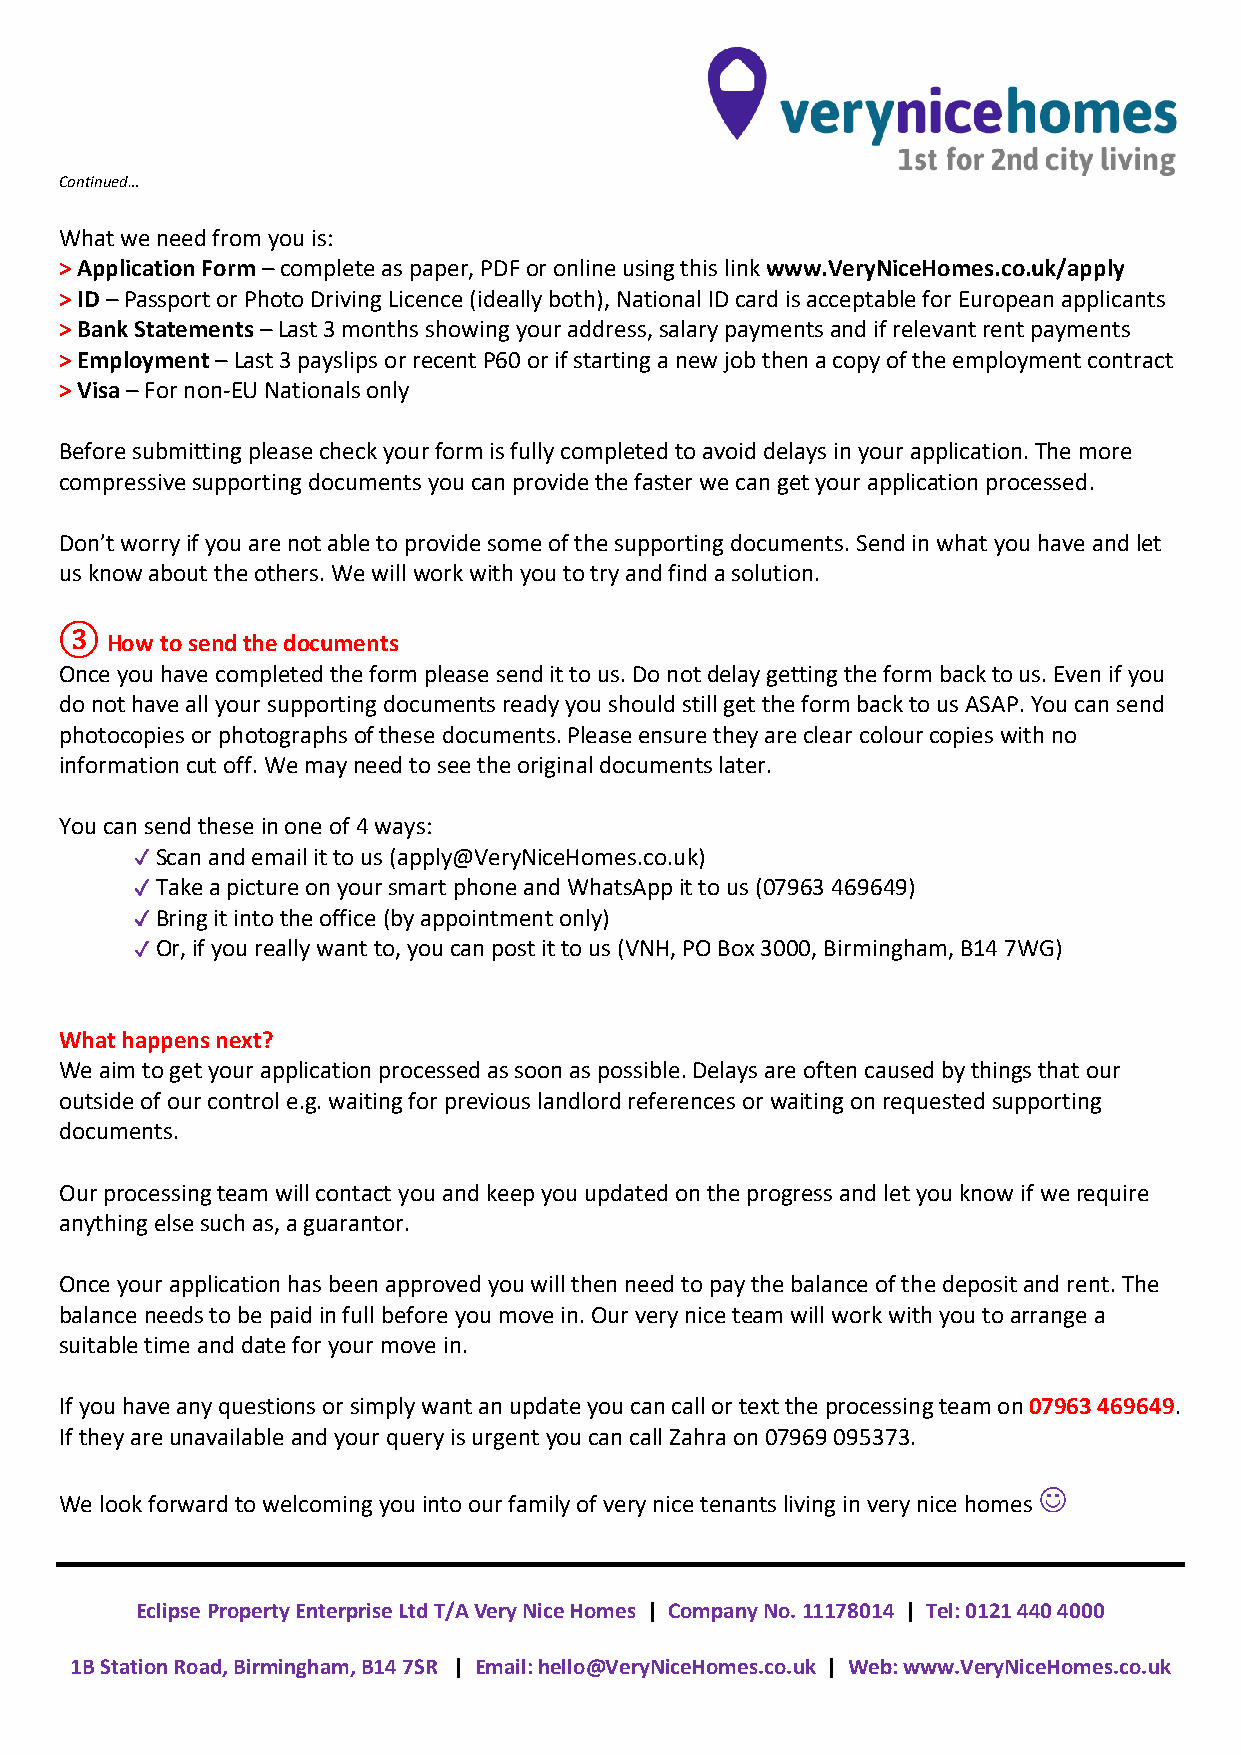
Continued…
 What we need from you is:
 > Application Form – complete as paper, PDF or online using this link www.VeryNiceHomes.co.uk/apply
 > ID – Passport or Photo Driving Licence (ideally both), National ID card is acceptable for European applicants
 > Bank Statements – Last 3 months showing your address, salary payments and if relevant rent payments
 > Employment – Last 3 payslips or recent P60 or if starting a new job then a copy of the employment contract
 > Visa – For non-EU Nationals only
 Before submitting please check your form is fully completed to avoid delays in your application. The more
 compressive supporting documents you can provide the faster we can get your application processed.
 Don’t worry if you are not able to provide some of the supporting documents. Send in what you have and let
 us know about the others. We will work with you to try and find a solution.
 How to send the documents
 Once you have completed the form please send it to us. Do not delay getting the form back to us. Even if you
 ③do n ot have all your supporting documents ready you should still get the form back to us ASAP. You can send
 photocopies or photographs of these documents. Please ensure they are clear colour copies with no
 information cut off. We may need to see the original documents later.
 You can send these in one of 4 ways:
 Scan and email it to us (apply@VeryNiceHomes.co.uk)
 ✓
 Take a picture on your smart phone and WhatsApp it to us (07963 469649)
 ✓
 Bring it into the office (by appointment only)
 ✓
 Or, if you really want to, you can post it to us (VNH, PO Box 3000, Birmingham, B14 7WG)
 ✓
 What happens next?
 We aim to get your application processed as soon as possible. Delays are often caused by things that our
 outside of our control e.g. waiting for previous landlord references or waiting on requested supporting
 documents.
 Our processing team will contact you and keep you updated on the progress and let you know if we require
 anything else such as, a guarantor.
 Once your application has been approved you will then need to pay the balance of the deposit and rent. The
 balance needs to be paid in full before you move in. Our very nice team will work with you to arrange a
 suitable time and date for your move in.
 If you have any questions or simply want an update you can call or text the processing team on 07963 469649.
 If they are unavailable and your query is urgent you can call Zahra on 07969 095373.
 
 We look forward to welcoming you into our family of very nice tenants living in very nice homes
 Eclipse Property Enterprise Ltd T/A Very Nice Homes | Company No. 11178014 | Tel: 0121 440 4000
 1B Station Road, Birmingham, B14 7SR | Email: hello@VeryNiceHomes.co.uk | Web: www.VeryNiceHomes.co.uk